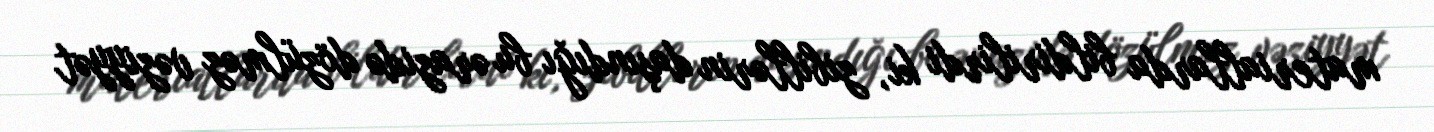
materiallarda bildirilirdi ki, zibillərin daşındığı bu ərazidə dözülməz vəziyyət